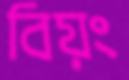
বিয়ং